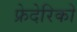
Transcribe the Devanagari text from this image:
फ्रेदेरिको